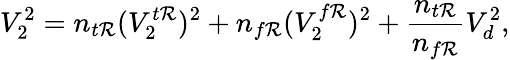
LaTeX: V_{2}^{2}=n_{t\mathcal{R}}(V_{2}^{t\mathcal{R}})^{2}+n_{f\mathcal{R}}(V_{2}^{f\mathcal{R}})^{2}+\frac{{n_{t\mathcal{R}}}}{{n_{f\mathcal{R}}}}V_{d}^{2},